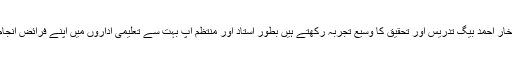
پروفیسرڈاکٹر افتخار احمد بیگ تدریس اور تحقیق کا وسیع تجربہ رکھتے ہیں بطور استاد اور منتظم آپ بہت سے تعلیمی اداروں میں اپنے فرائض انجام دے چکے ہیں ۔